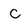
Character: C